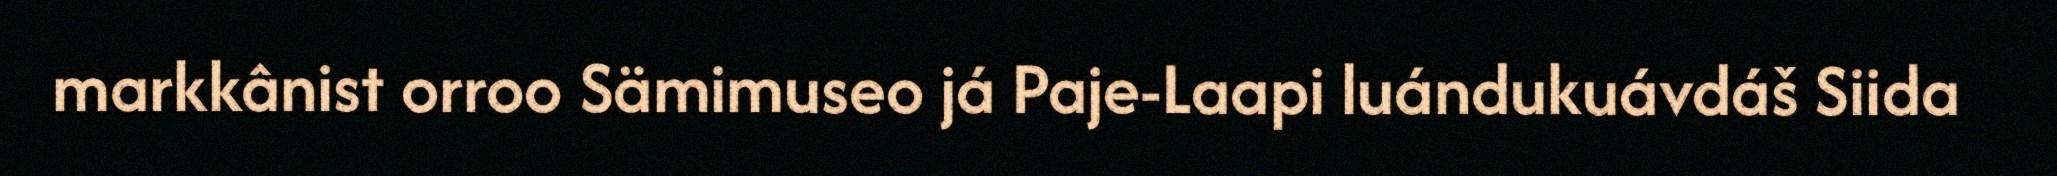
markkânist orroo Sämimuseo já Paje-Laapi luándukuávdáš Siida